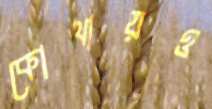
কোথায়ও